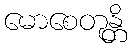
မောစေတုန္တိ